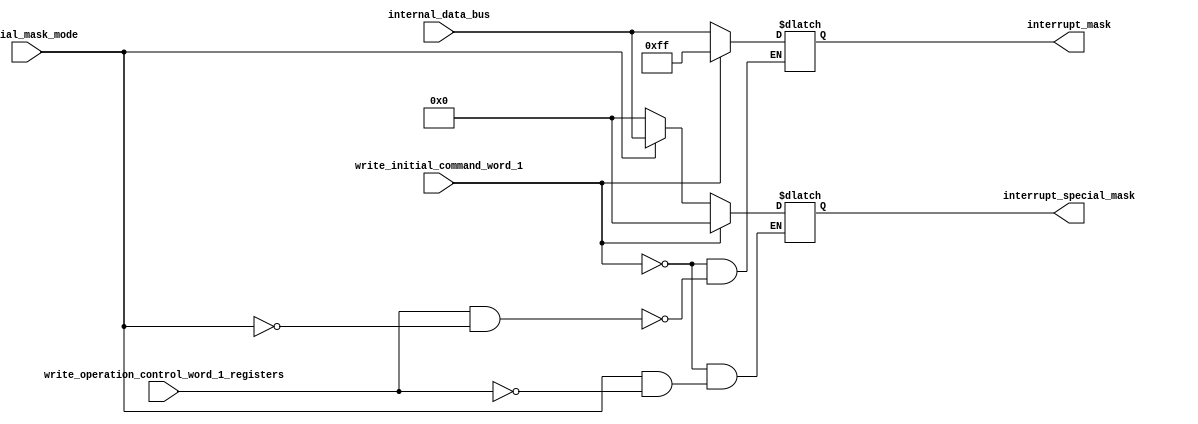
/**
 * @module OperationControlWord1
 * @brief This module implements the operation control word 1 logic for the 8259A interrupt controller.
 *
 * The module takes several inputs including write_initial_command_word_1, write_operation_control_word_1_registers,
 * special_mask_mode, and internal_data_bus. It provides two outputs: interrupt_mask and interrupt_special_mask.
 *
 * The interrupt_mask output is determined based on the inputs. If write_initial_command_word_1 is high, interrupt_mask
 * is set to all ones (8'b11111111). If write_operation_control_word_1_registers is high and special_mask_mode is low,
 * interrupt_mask is set to the value of internal_data_bus. Otherwise, interrupt_mask remains unchanged.
 *
 * The interrupt_special_mask output is also determined based on the inputs. If write_initial_command_word_1 is high,
 * interrupt_special_mask is set to all zeros (8'b00000000). If special_mask_mode is low, interrupt_special_mask is
 * set to all zeros. If write_operation_control_word_1_registers is high, interrupt_special_mask is set to the value
 * of internal_data_bus. Otherwise, interrupt_special_mask remains unchanged.
 */

module OperationControlWord1(
    input write_initial_command_word_1, // Input signal to write initial command word 1
    input write_operation_control_word_1_registers, // Input signal to write operation control word 1 registers
    input special_mask_mode, // Input signal for special mask mode
    
    input [7:0] internal_data_bus, // Input bus for internal data
    
    output reg [7:0] interrupt_mask, // Output signal for interrupt mask
    output reg [7:0] interrupt_special_mask // Output signal for interrupt special mask
);

    // IMR
    always @* begin
        if (write_initial_command_word_1 == 1'b1) // If write_initial_command_word_1 is high
            interrupt_mask <= 8'b11111111; // Set interrupt_mask to all ones
        else if ((write_operation_control_word_1_registers == 1'b1) && (special_mask_mode == 1'b0)) // If write_operation_control_word_1_registers is high and special_mask_mode is low
            interrupt_mask <= internal_data_bus; // Set interrupt_mask to the value of internal_data_bus
        else
            interrupt_mask <= interrupt_mask; // Keep interrupt_mask unchanged
    end

    // Special mask
    always @* begin
        if (write_initial_command_word_1 == 1'b1) // If write_initial_command_word_1 is high
            interrupt_special_mask <= 8'b00000000; // Set interrupt_special_mask to all zeros
        else if (special_mask_mode == 1'b0) // If special_mask_mode is low
            interrupt_special_mask <= 8'b00000000; // Set interrupt_special_mask to all zeros
        else if (write_operation_control_word_1_registers  == 1'b1) // If write_operation_control_word_1_registers is high
            interrupt_special_mask <= internal_data_bus; // Set interrupt_special_mask to the value of internal_data_bus
        else
            interrupt_special_mask <= interrupt_special_mask; // Keep interrupt_special_mask unchanged
    end

endmodule